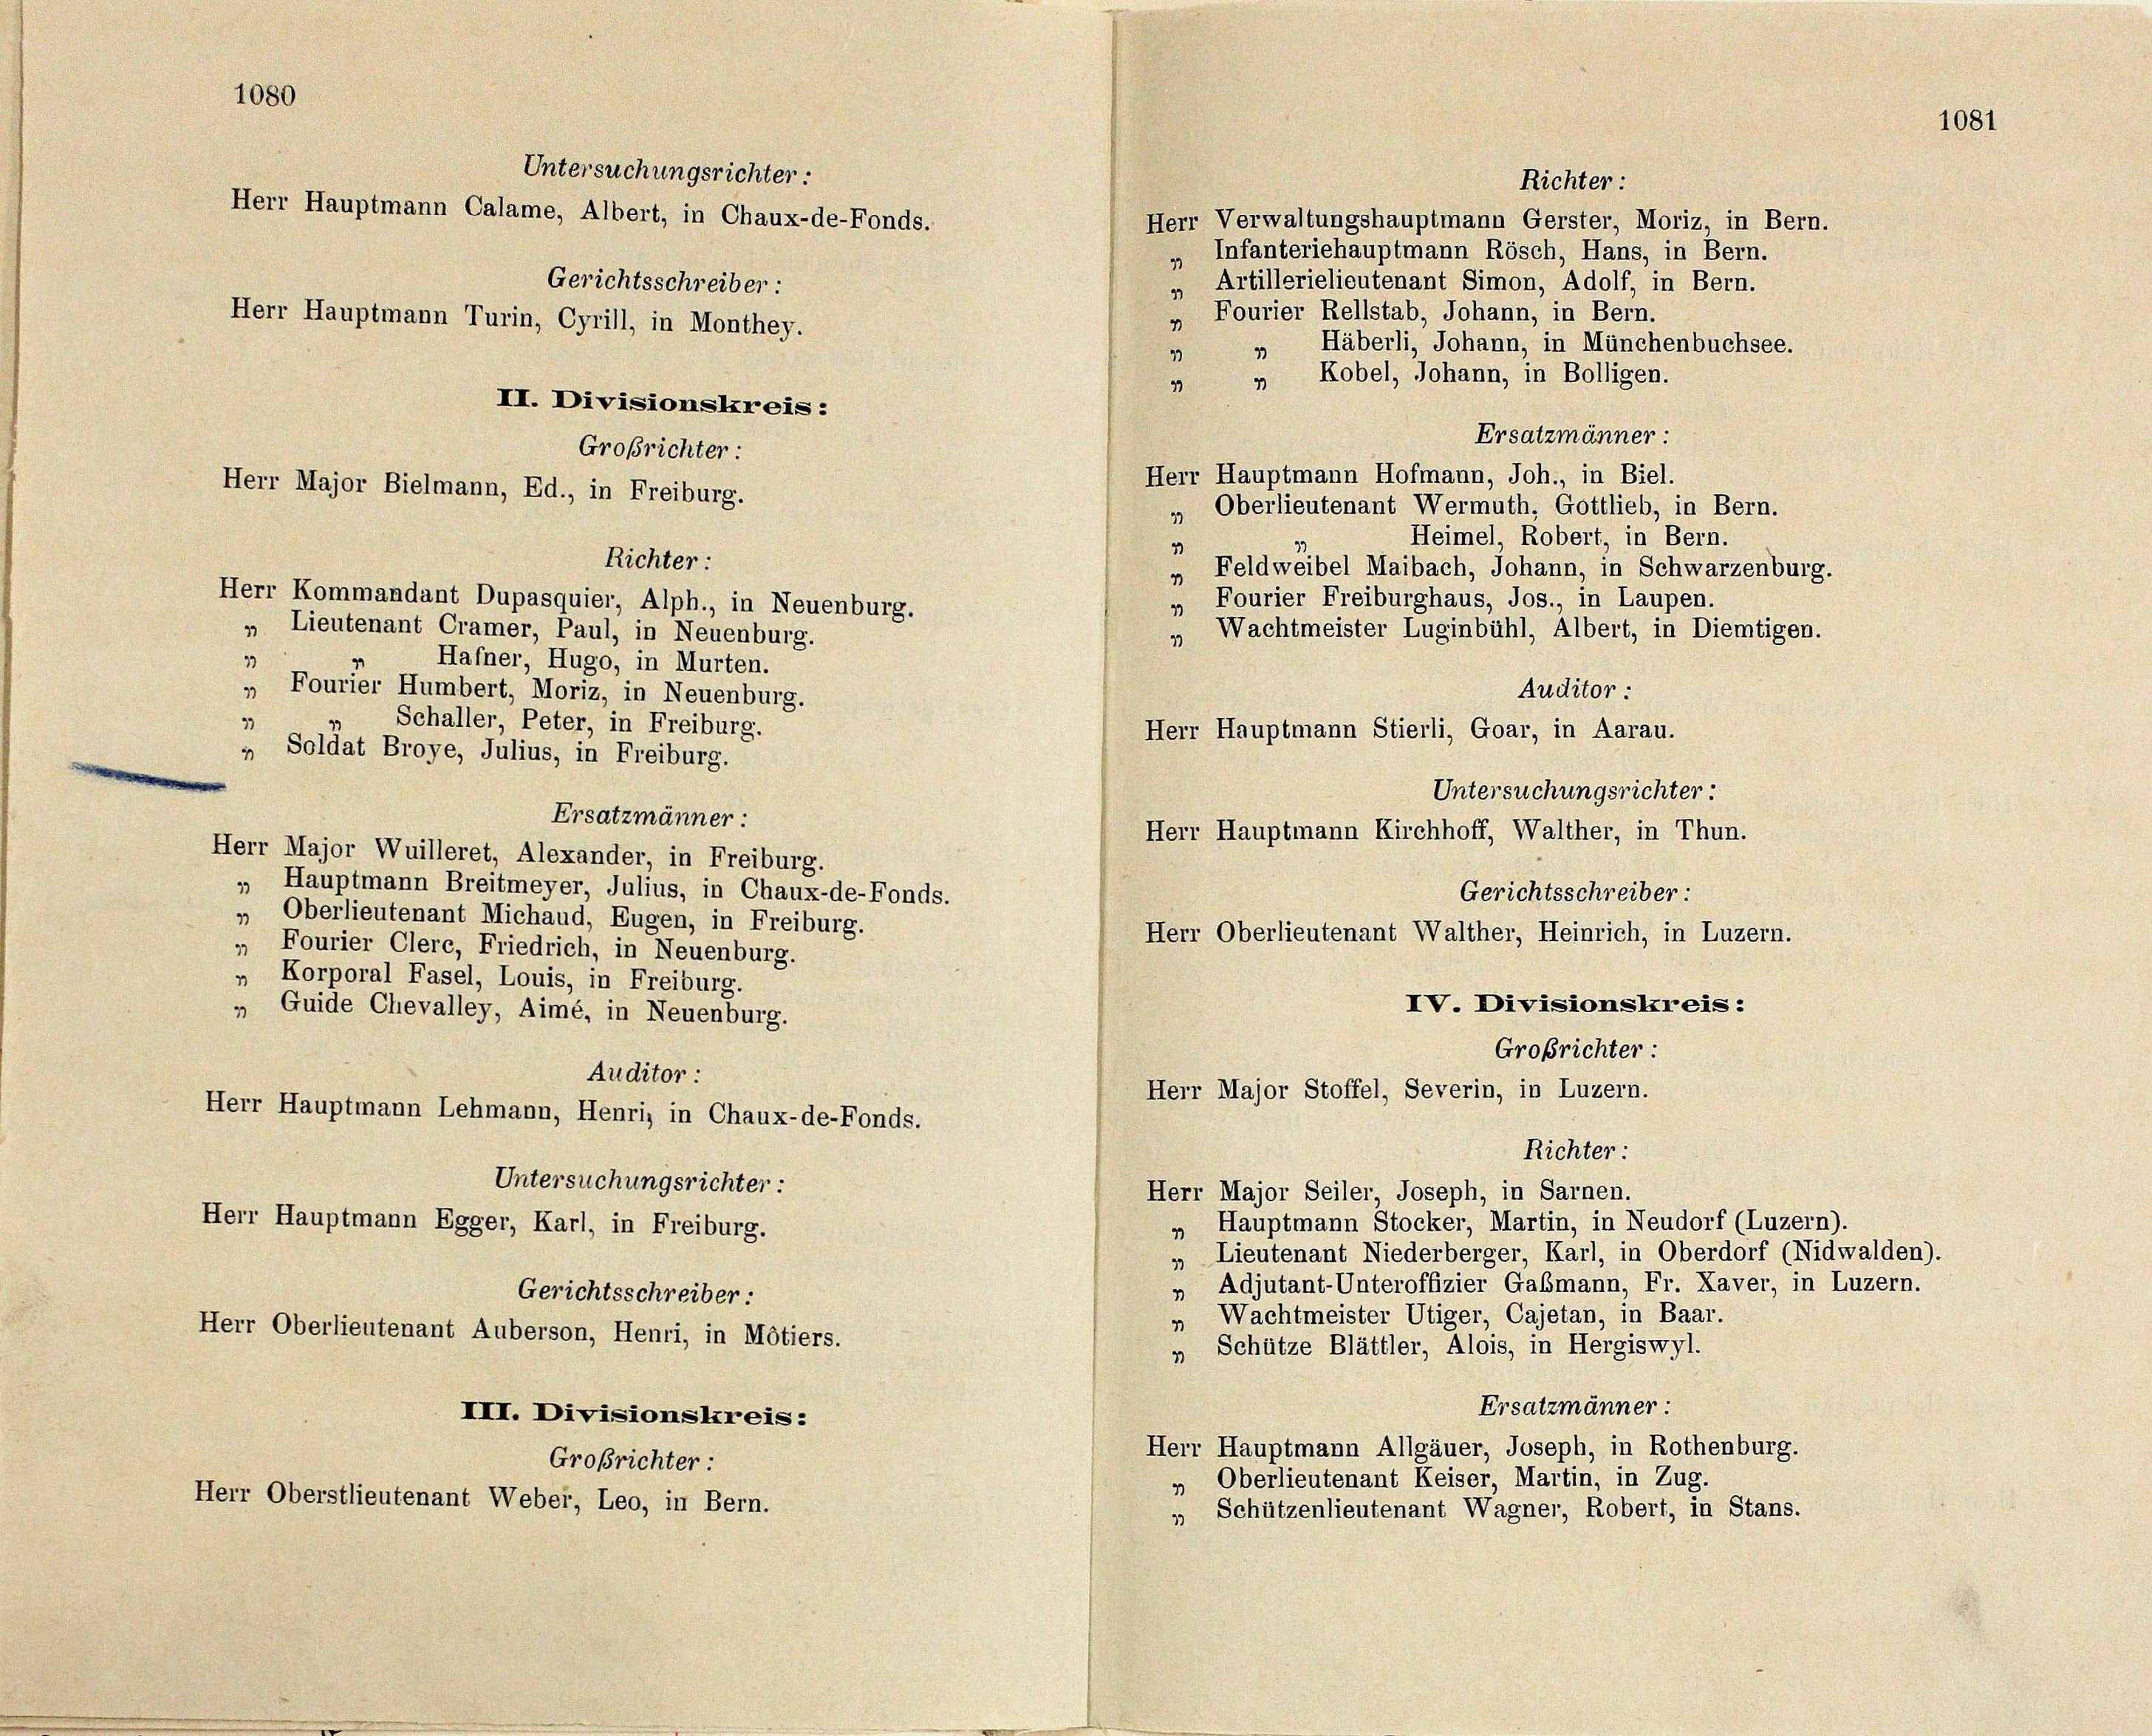
1080

Herr Kommandant Dupasquier, Alph., in Neuenburg.
„ Lieutenant Cramer, Paul, in Neuenburg.
1
Hafner, Hugo, in Murten.
„ Fourier Humbert, Moriz, in Neuenburg.
Schaller, Peter, in Freiburg.
2
„ Soldat Broye, Julius, in Freiburg.
Ersatzmänner:
Herr Major Wuilleret, Alexander, in Freiburg.
„ Hauptmann Breitmeyer, Julius, in Chaux-de-Fonds.
„ Oberlieutenant Michaud, Eugen, in Freiburg.
„ Fourier Clerc, Friedrich, in Neuenburg.
„ Korporal Fasel, Louis, in Freiburg.
„ Guide Chevalley, Aimé, in Neuenburg.
Auditor :
Herr Hauptmann Lehmann, Henri, in Chaux-de-Fonds.
Untersuchungsrichter:
Herr Hauptmann Egger, Karl, in Freiburg.
Gerichtsschreiber:
Herr Oberlieutenant Auberson, Henri, in Motiers.
III. Divisionskreis:
Großrichter:
Herr Oberstlieutenant Weber, Leo, in Bern.

Untersuchungsrichter:
Herr Hauptmann Calame, Albert, in Chaux-de-Fonds.
Gerichtsschreiber:
Herr Hauptmann Turin, Cyrill, in Monthey.
II. Divisionskreis:
Großrichter:
Herr Major Bielmann, Ed., in Freiburg.

Richter:

Richter:
Herr Verwaltungshauptmann Gerster, Moriz, in Bern.
„ Infanteriehauptmann Rösch, Hans, in Bern.
„ Artillerielieutenant Simon, Adolf, in Bern.
 Fourier Rellstab, Johann, in Bern.
Häberli, Johann, in Münchenbuchsee.
1
43
 „ Kobel, Johann, in Bolligen.
Ersatzmänner:
Herr Hauptmann Hofmann, Joh., in Biel.
„ Oberlieutenant Wermuth, Gottlieb, in Bern.
Heimel, Robert, in Bern.
2
„ Feldweibel Maibach, Johann, in Schwarzenburg.
„ Fourier Freiburghaus, Jos., in Laupen.
„ Wachtmeister Luginbühl, Albert, in Diemtigen.
Auditor :
Herr Hauptmann Stierli, Goar, in Aarau.
Untersuchungsrichter
Herr Hauptmann Kirchhoff, Walther, in Thun.
Gerichtsschreiber:
Herr Oberlieutenant Walther, Heinrich, in Luzern.
IV. Divisionskreis:
Großrichter:
Herr Major Stoffel, Severin, in Luzern.
Richter:
Herr Major Seiler, Joseph, in Sarnen.
„ Hauptmann Stocker, Martin, in Neudorf (Luzern).
„ Lieutenant Niederberger, Karl, in Oberdorf (Nidwalden).
» Adjutant-Unteroffizier Gabmann, Fr. Kaver, in Luzern.
» Wachtmeister Utiger, Cajetan, in Baar.
Schütze Blättler, Alois, in Hergiswyl.
13
Ersatzmänner:
Herr Hauptmann Allgäuer, Joseph, in Rothenburg.
» Oberlieutenant Keiser, Martin, in Zug.
„ Schützenlieutenant Wagner, Robert, in Stans.

1081